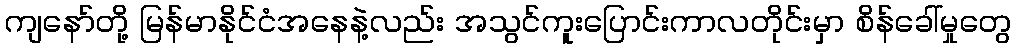
ကျနော်တို့ မြန်မာနိုင်ငံအနေနဲ့လည်း အသွင်ကူးပြောင်းကာလတိုင်းမှာ စိန်ခေါ်မှုတွေ